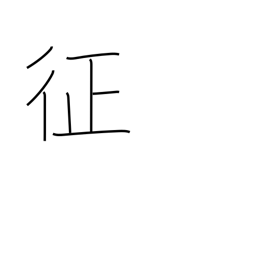
Meaning: subjugate